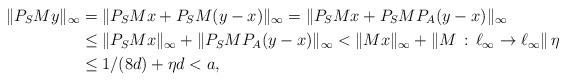
LaTeX: \begin{align*}\Vert P_{S} M y\Vert_{\infty}&= \Vert P_{S} M x + P_{S} M (y-x)\Vert_{\infty}= \Vert P_{S} M x + P_{S} M P_{A}(y-x)\Vert_{\infty}\\&\leq \Vert P_{S} M x\Vert_{\infty}+ \Vert P_{S} M P_{A}(y-x)\Vert_{\infty}<\|Mx\|_{\infty} + \Vert M\, : \, \ell_{\infty} \rightarrow \ell_{\infty} \Vert \, \eta\\&\leq 1/(8d) +\eta d < a,\end{align*}